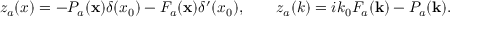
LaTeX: z _ { a } ( x ) = - P _ { a } ( { \bf x } ) \delta ( x _ { 0 } ) - F _ { a } ( { \bf x } ) \delta ^ { \prime } ( x _ { 0 } ) , \qquad z _ { a } ( k ) = i k _ { 0 } F _ { a } ( { \bf k } ) - P _ { a } ( { \bf k } ) .